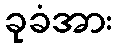
ခုခံအား